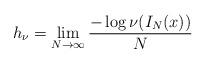
LaTeX: \begin{align*}h _\nu = \lim _{N \rightarrow \infty} \frac{- \log \nu ( I _N (x) ) }{N}\end{align*}